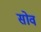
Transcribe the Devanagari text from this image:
सोव